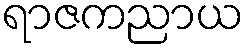
ရာဇကညာယ